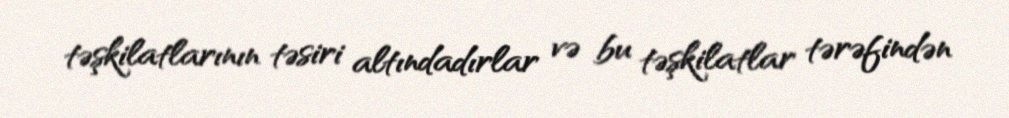
təşkilatlarının təsiri altındadırlar və bu təşkilatlar tərəfindən